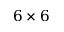
6 \times 6